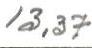
13,37